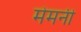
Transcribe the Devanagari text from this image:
मेमनी